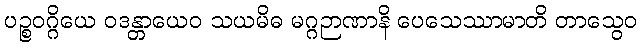
ပဉ္စဝဂ္ဂိယေ ဝဒန္တာယေဝ သယမိဓ မဂ္ဂဉာဏာနိ ပေသေဿာမာတိ တာသွေဝ